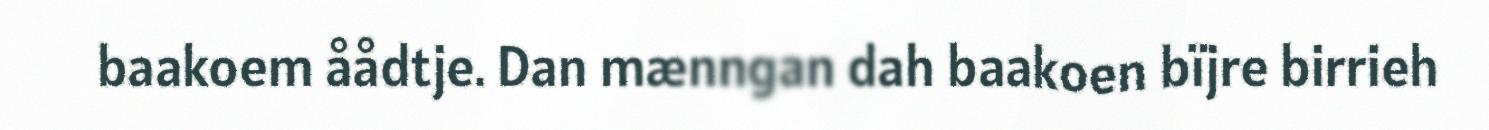
baakoem åådtje. Dan mænngan dah baakoen bïjre birrieh